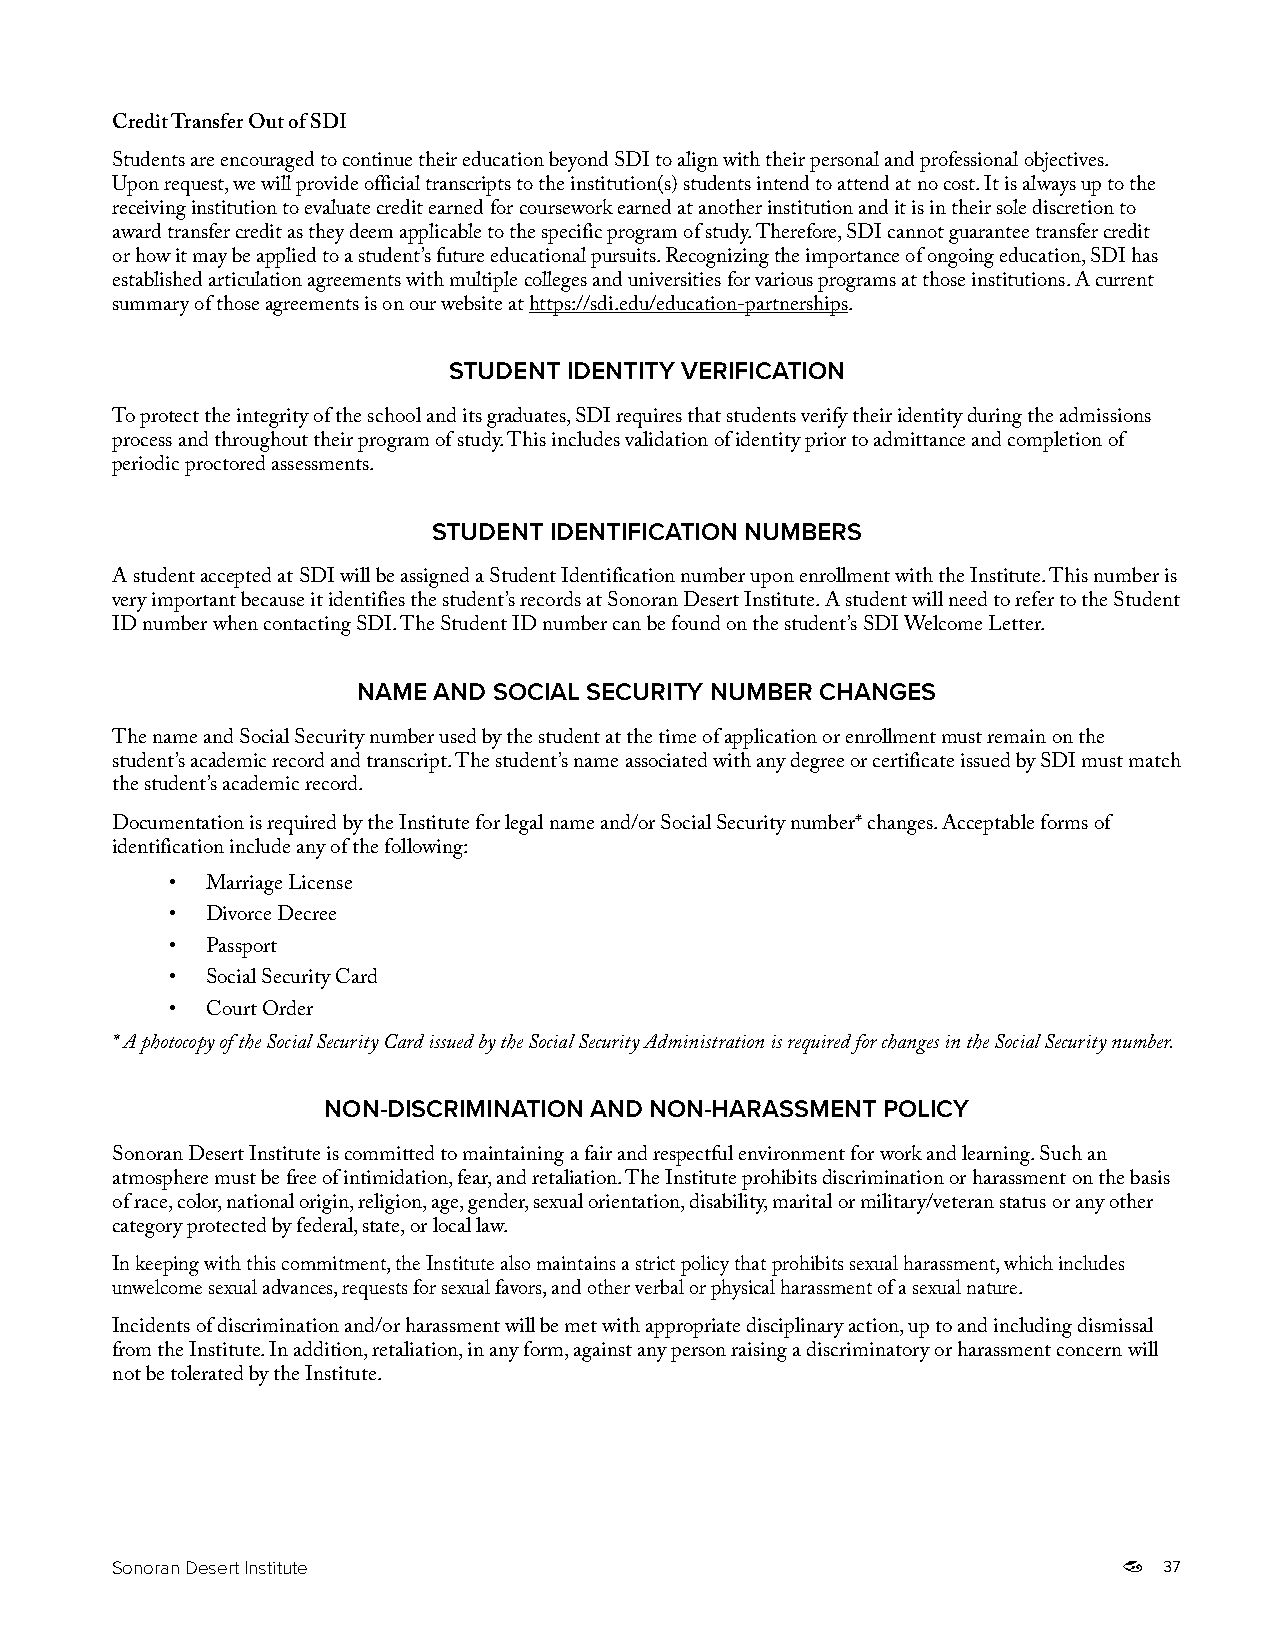
Credit Transfer Out of SDI
 Students are encouraged to continue their education beyond SDI to align with their personal and professional objectives.
 Upon request, we will provide official transcripts to the institution(s) students intend to attend at no cost. It is always up to the
 receiving institution to evaluate credit earned for coursework earned at another institution and it is in their sole discretion to
 award transfer credit as they deem applicable to the specific program of study. Therefore, SDI cannot guarantee transfer credit
 or how it may be applied to a student’s future educational pursuits. Recognizing the importance of ongoing education, SDI has
 established articulation agreements with multiple colleges and universities for various programs at those institutions. A current
 summary of those agreements is on our website at https://sdi.edu/education-partnerships.
 STUDENT IDENTITY VERIFICATION
 To protect the integrity of the school and its graduates, SDI requires that students verify their identity during the admissions
 process and throughout their program of study. This includes validation of identity prior to admittance and completion of
 periodic proctored assessments.
 STUDENT IDENTIFICATION NUMBERS
 A student accepted at SDI will be assigned a Student Identification number upon enrollment with the Institute. This number is
 very important because it identifies the student’s records at Sonoran Desert Institute. A student will need to refer to the Student
 ID number when contacting SDI. The Student ID number can be found on the student’s SDI Welcome Letter.
 NAME AND SOCIAL SECURITY NUMBER CHANGES
 The name and Social Security number used by the student at the time of application or enrollment must remain on the
 student’s academic record and transcript. The student’s name associated with any degree or certificate issued by SDI must match
 the student’s academic record.
 Documentation is required by the Institute for legal name and/or Social Security number* changes. Acceptable forms of
 identification include any of the following:
 •  Marriage License
 •  Divorce Decree
 •  Passport
 •  Social Security Card
 •  Court Order
 * A photocopy of the Social Security Card issued by the Social Security Administration is required for changes in the Social Security number.
 NON-DISCRIMINATION AND NON-HARASSMENT POLICY
 Sonoran Desert Institute is committed to maintaining a fair and respectful environment for work and learning. Such an
 atmosphere must be free of intimidation, fear, and retaliation. The Institute prohibits discrimination or harassment on the basis
 of race, color, national origin, religion, age, gender, sexual orientation, disability, marital or military/veteran status or any other
 category protected by federal, state, or local law.
 In keeping with this commitment, the Institute also maintains a strict policy that prohibits sexual harassment, which includes
 unwelcome sexual advances, requests for sexual favors, and other verbal or physical harassment of a sexual nature.
 Incidents of discrimination and/or harassment will be met with appropriate disciplinary action, up to and including dismissal
 from the Institute. In addition, retaliation, in any form, against any person raising a discriminatory or harassment concern will
 not be tolerated by the Institute.
 Sonoran Desert Institute                                              37